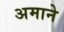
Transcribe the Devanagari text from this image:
अमाने